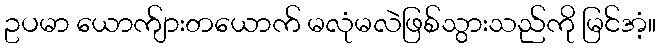
ဥပမာ ယောက်ျားတယောက် မလုံမလဲဖြစ်သွားသည်ကို မြင်အံ့။